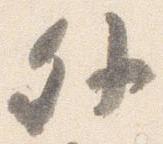
外